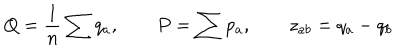
LaTeX: Q = { \frac { 1 } { n } } \sum q _ { a } , \qquad P = \sum p _ { a } , \qquad z _ { a b } = q _ { a } - q _ { b }